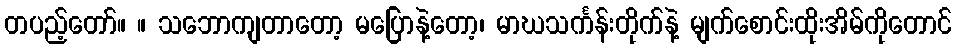
တပည့်တော်။ ။ သဘောကျတာတော့ မပြောနဲ့တော့၊ မာဃသင်္ကန်းတိုက်နဲ့ မျက်စောင်းထိုးအိမ်ကိုတောင်